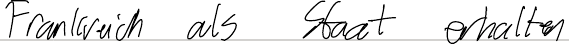
Frankreich als Staat erhalten